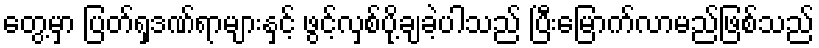
တွေ့မှာ ပြတ်ရှဒဏ်ရာများနှင့် ဖွင့်လှစ်ပို့ချခဲ့ပါသည် ပြီးမြောက်လာမည်ဖြစ်သည်